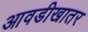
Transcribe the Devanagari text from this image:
आवडीखातर